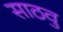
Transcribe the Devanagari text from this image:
साठवु